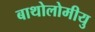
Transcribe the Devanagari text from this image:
बाथोलोमीयु